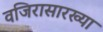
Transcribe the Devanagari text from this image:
वजिरासारख्या